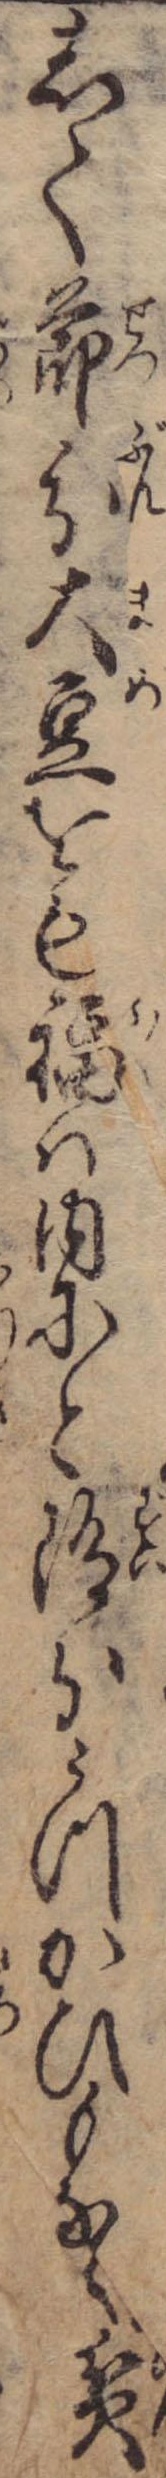
して節分大豆をも福は内にと随分うつかひもなく貧